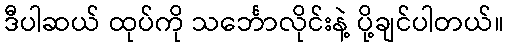
ဒီပါဆယ် ထုပ်ကို သင်္ဘောလိုင်းနဲ့ ပို့ချင်ပါတယ်။